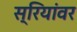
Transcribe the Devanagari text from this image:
स्रियांवर